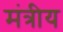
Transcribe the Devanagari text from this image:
मंत्रीय